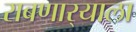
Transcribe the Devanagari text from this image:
राबणार्‍याला